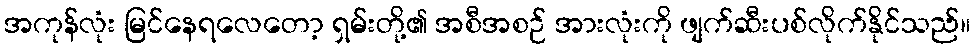
အကုန်လုံး မြင်နေရလေတော့ ရှမ်းတို့၏ အစီအစဉ် အားလုံးကို ဖျက်ဆီးပစ်လိုက်နိုင်သည်။